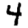
Digit: 4